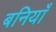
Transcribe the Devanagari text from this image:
बनियाँ